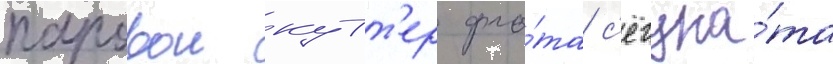
паровои кутт'ер фло́та с'ёгуна́та